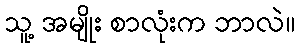
သူ့ အမျိုး စာလုံးက ဘာလဲ။